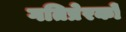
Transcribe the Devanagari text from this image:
गतिप्रेरकों